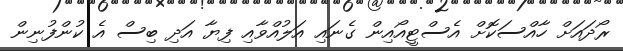
ރޯދައަށް ހާއްސަކޮށް އެސްޓީއޯއިން ގެނައި އަލުއްވާއި ފިޔާ އަދި ބިސް އެ ކުންފުނިން